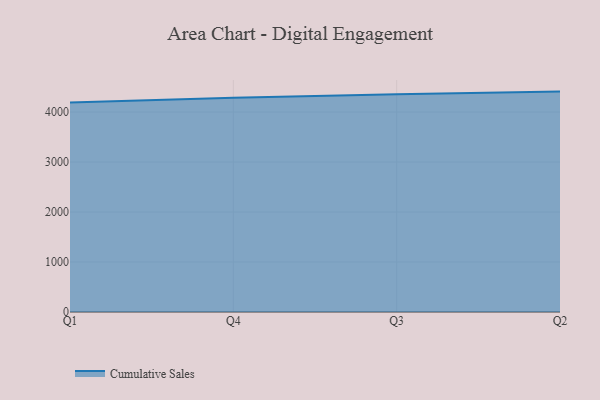
{"axis": {"x": "Quarter", "y": "Operating Costs (USD K)"}, "legend": ["Cumulative Sales"], "data": [{"x": "Q1", "y": 4189.0, "type": "Cumulative Sales"}, {"x": "Q4", "y": 4285.7, "type": "Cumulative Sales"}, {"x": "Q3", "y": 4354.2, "type": "Cumulative Sales"}, {"x": "Q2", "y": 4408.8, "type": "Cumulative Sales"}]}